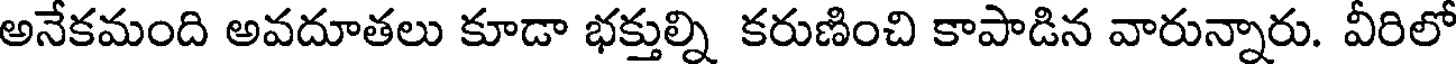
అనేకమంది అవదూతలు కూడా భక్తుల్ని కరుణించి కాపాడిన వారున్నారు. వీరిలో